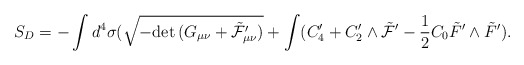
\begin{align*}S_D = -\int d^4 \sigma ( \sqrt{-{\rm det}\, (G_{\mu\nu}+\tilde{\cal F}_{\mu\nu}^{\prime})}+\int (C_4^{\prime} + C_2^\prime \wedge \tilde {\cal F}^{\prime} - \frac{1}{2} C_0 \tilde F^{\prime} \wedge \tilde F^{\prime}).\end{align*}